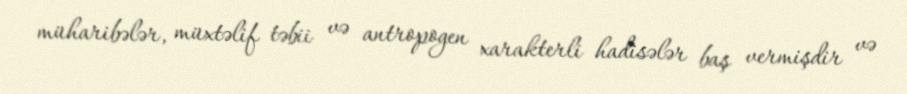
müharibələr, müxtəlif təbii və antropogen xarakterli hadisələr baş vermişdir və